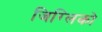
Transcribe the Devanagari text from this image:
जिग्लिको